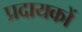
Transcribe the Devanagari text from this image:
प्रदायकों